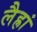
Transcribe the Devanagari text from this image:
लैह्रां